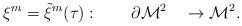
LaTeX: \begin{align*}\xi^m = {\tilde \xi}^m (\tau) :\qquad\partial {\cal M}^2 \quad \rightarrow {{\cal M}}^{2}.\end{align*}